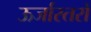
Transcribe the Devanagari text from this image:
ऊर्जास्तरों